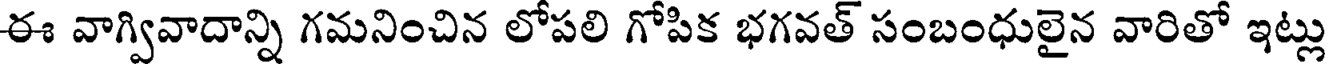
ఈ వాగ్వివాదాన్ని గమనించిన లోపలి గోపిక భగవత్ సంబంధులైన వారితో ఇట్లు